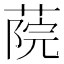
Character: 𦶤